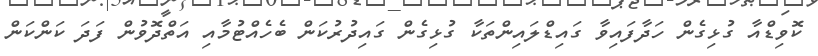
ކޮވިޑްއާ ގުޅިގެން ހަދާފައިވާ ގައިޑްލައިންތަކާ ގުޅިގެން ގައިދުރުކަން ބެހެއްޓުމާއި އަތްދޮވުން ފަދަ ކަންކަން